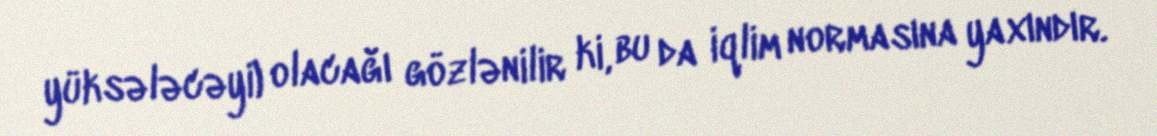
yüksələcəyi) olacağı gözlənilir ki, bu da iqlim normasına yaxındır.